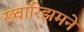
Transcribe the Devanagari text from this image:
ख्वारिझमने